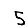
Digit: 5